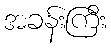
အခန်းကြီး